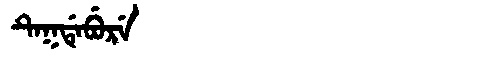
Manchu: ᡨᡝᡴᡩᡝᠪᡠᡵᡝ
Romanization: TEKDEBURE